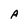
Character: A